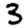
Digit: 3